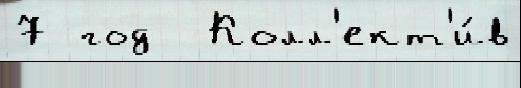
7 год  Колл'ект'и́в